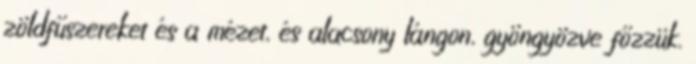
zöldfűszereket és a mézet, és alacsony lángon, gyöngyözve főzzük.